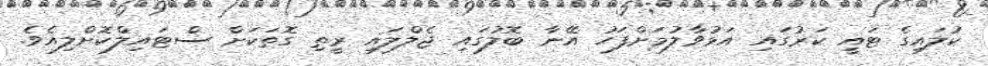
ކުލައިގެ ޓައީ ކަރުގައި އަޅުވާލުމަށްފަހު އޭނާ ބޮލުގައި ޖެލްލައި ރީތި ގޮތަކަށް ސްޓައިލްކޮށްލިއެވެ.